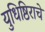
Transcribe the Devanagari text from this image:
युधिष्ठिराचे